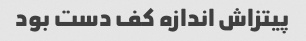
پیتزاش اندازه کف دست بود